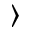
\rangle